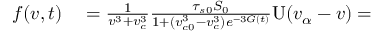
\begin{array} { r l } { f ( v , t ) } & { { } = \frac { 1 } { v ^ { 3 } + v _ { c } ^ { 3 } } \frac { \tau _ { s 0 } S _ { 0 } } { 1 + ( v _ { c 0 } ^ { 3 } - v _ { c } ^ { 3 } ) e ^ { - 3 G ( t ) } } \mathrm { U } ( v _ { \alpha } - v ) = } \end{array}